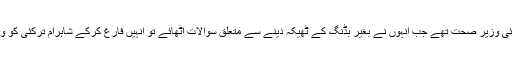
اس وقت شوکت یوسفزئی وزیر صحت تھے جب انہوں نے بغیر بڈنگ کے ٹھیکہ دینے سے متعلق سوالات اٹھائے تو انہیں فارغ کرکے شاہرام ترکئی کو وزیر صحت بنا دیا گیا ۔